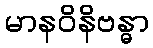
မာနဝိနိဗန္ဓာ